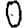
Digit: 0